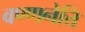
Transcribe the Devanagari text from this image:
वण्णनेत्ति